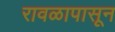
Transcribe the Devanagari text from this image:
रावळापासून